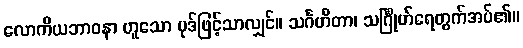
လောကိယဘာဝနာ ဟူသော ပုဒ်ဖြင့်သာလျှင်။ သင်္ဂဟိတာ၊ သင်္ဂြိုဟ်ရေတွက်အပ်၏။